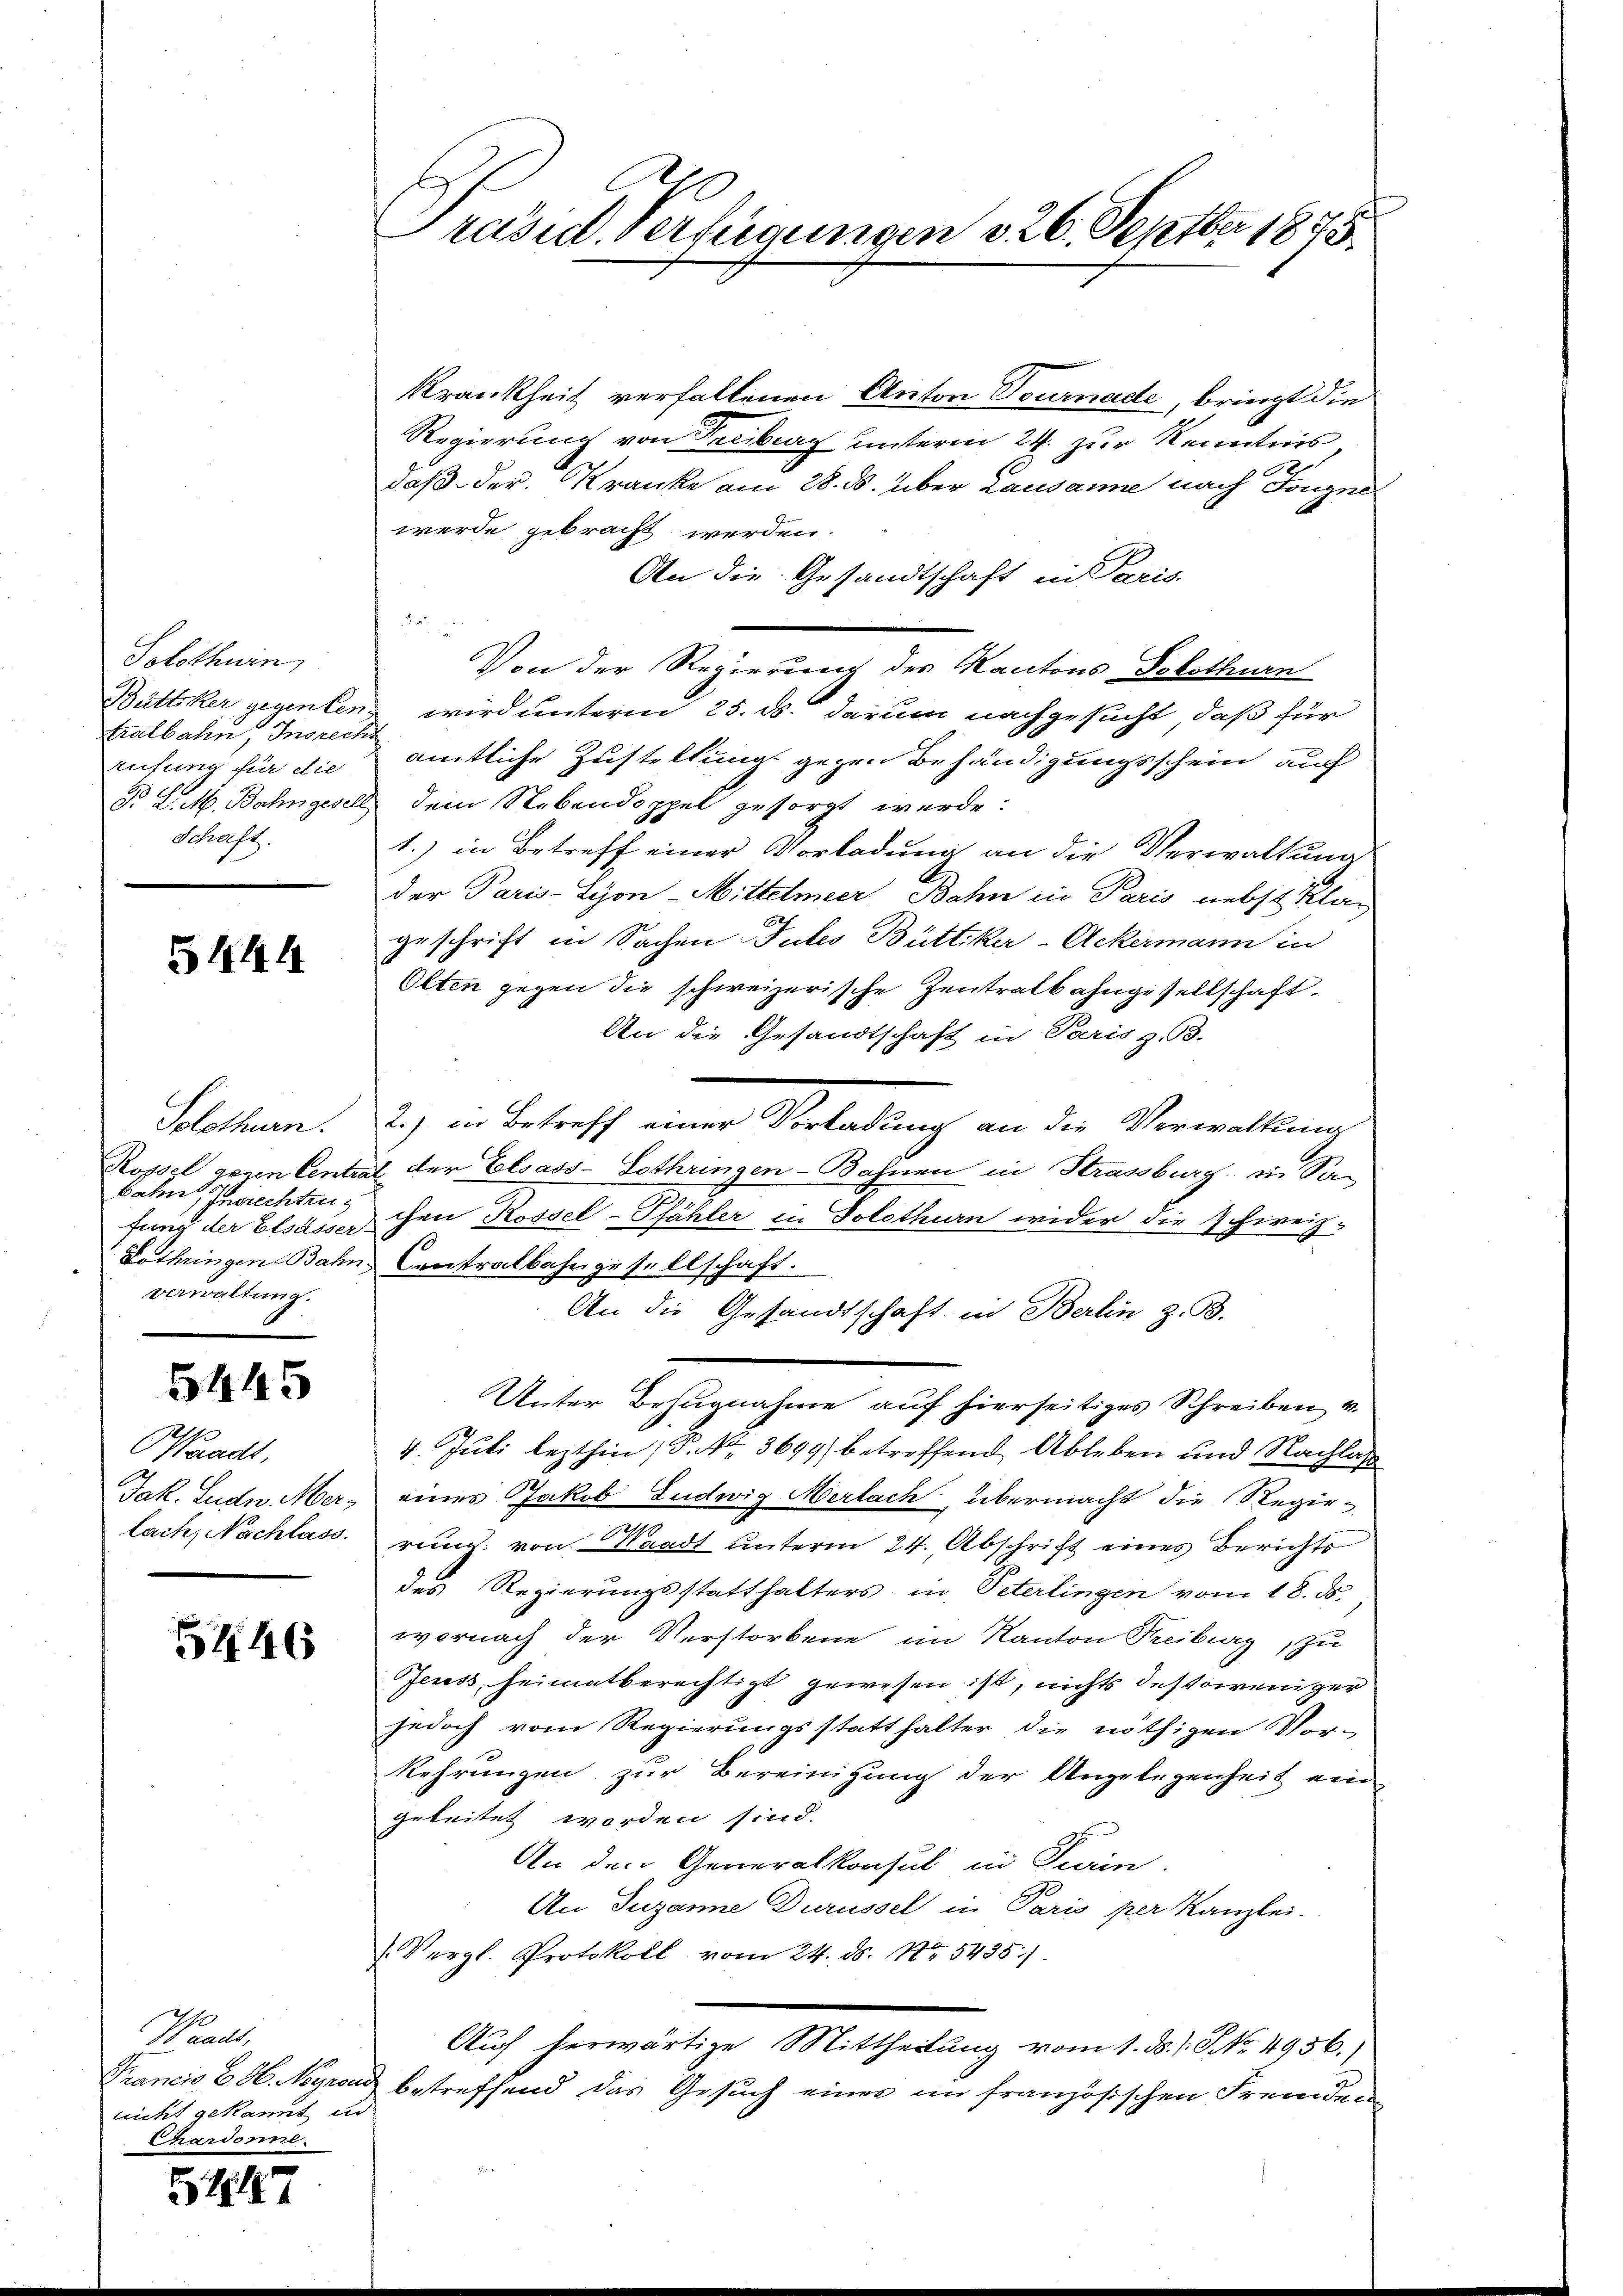
Solothurn
tralbahn, Insrecht
Schaft.

3444

Solothurn.
fung der Elsässer
verwaltung.

Waadt,
lach, Nachlass.

5445

5446

aal
nicht gekannt un
Chardonne.

57

Præsid. Verfügungen v. 26. Septber 1875.

Krankheit verfallenen Anton Tournade, bringt die
Regierung von Peciburg unterm 24. zur Kenntnis,
daß der Kranke am 28. B. über Lausanne nach Tonges
werde gebracht werden.
An die Gesandtschaft in Paris.

Von der Regierung des Kantons Solothurn
Büttiker gegenten wird unterm 25. ds. darum nachgesucht, daß für
rufung für die amtliche Zustellung gegen Behändigungsschein auch
d. L. M. Bahngesell dem Nebendoppel gesorgt werde:
1.) in Betreff einer Vorladung an die Verwaltung
der Paris-Syon-Mittelmeer, Bahn in Paris nebst Klag
geschrift in Sachen Tutes Büttiker-Ackermann in
Olten gegen die schweizerische Zentralbahngesellschaft.
An die Gesandtschaft in Paris z. B.
2) in Betreff einer Verladung an der Verwaltung
Rossel genen Central der Elsass-Lothringen-Bahnen in Strassburg in Sa-
e
bahn, Zugrechten chen Rossel-Pfähler in Solothurn wider die Schweiz.
Lothringen Bahn Centralbahngesellschaft.
An die Gesandtschaft in Berlin z. B.
Unter Bezugnahme auf hierseitiges Schreiben v.
4. Juli lezthin (P. Nr. 3699) betreffend Ableben und Nachlaß
Jak. Ludn. Mer, eines Jakob Ludwig Merlach, übermacht die Regierung von Waadt unterm 24. Abschrift eines Berichts
des Regierungsstatthalters in Peterlingen vom 18. ds.
wornach der Verstorbene im Kanton Treiburg, zu
Jecess heimatberechtigt gewesen ist, nichts destoweniger
jedoch vom Regierungsstatthalter die nöthigen Vor-
kehrungen zur Bereinigung der Angelegenheit ein
geleitet worden sind.
An den Generalkonsul in Turin,
An Juzanne Durüssel in Paris per Kanzlei.
(Vergl. Protokoll vom 24. ds. No 5435).
Auf herwärtige Mittheilung vom 1. d. J. J. No. 4956.)
Francis E. H. Neyrand betreffend das Gesuch einer im französischen Fremden